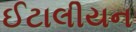
ઈટાલીયન